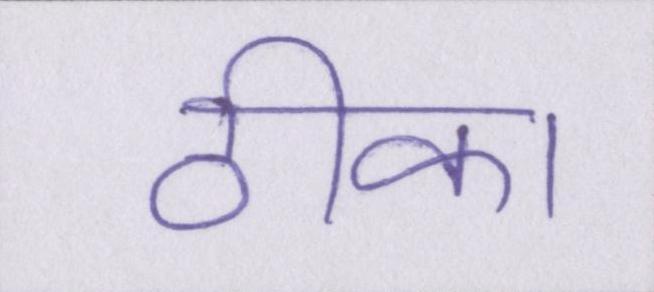
ठीका